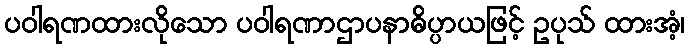
ပဝါရဏထားလိုသော ပဝါရဏာဌာပနာဓိပ္ပာယဖြင့် ဥပုသ် ထားအံ့၊